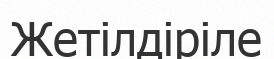
Жетілдіріле